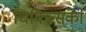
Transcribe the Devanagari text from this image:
चिकित्सका